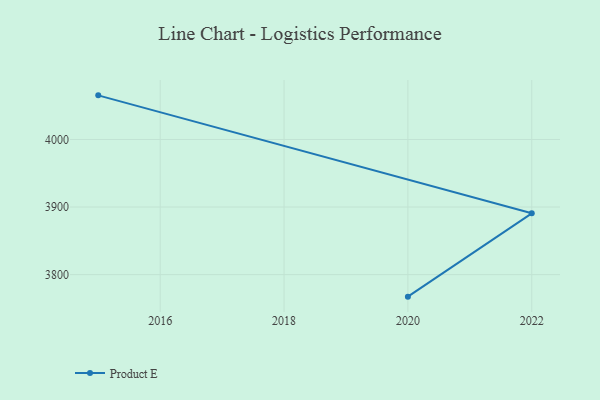
{"axis": {"x": "Year", "y": "Gross Profit (USD K)"}, "legend": ["Product E"], "data": [{"x": "2015", "y": 4065.3, "type": "Product E"}, {"x": "2022", "y": 3890.7, "type": "Product E"}, {"x": "2020", "y": 3767.4, "type": "Product E"}]}